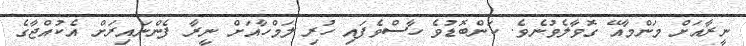
ނީރާއަށް މަންމާއޭ ގޮވާލެވުނެވެ. ކަންބޮޑުވެ ހާސްވެފައި ހުރި ލަމްހާއަށް ނީރާ ފެންނައިރަށް އެކުއްޖާގެ